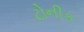
ટોનીક